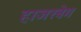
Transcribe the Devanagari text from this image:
हाजरबेग